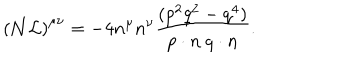
{ \cal ( N L ) } ^ { \mu \nu } = - 4 n ^ { \mu } n ^ { \nu } \frac { ( p ^ { 2 } q ^ { 2 } - q ^ { 4 } ) } { p \cdot n \: q \cdot n } .